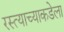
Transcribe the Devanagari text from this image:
रस्त्याच्याकडेला